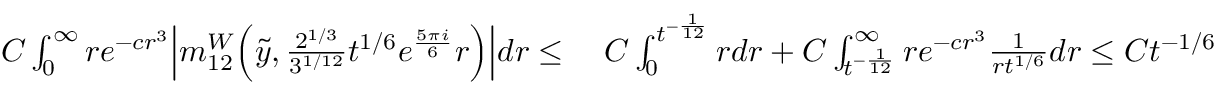
\begin{array} { r l } { C \int _ { 0 } ^ { \infty } r e ^ { - c r ^ { 3 } } \Big | m _ { 1 2 } ^ { W } \Big ( \tilde { y } , \frac { 2 ^ { 1 / 3 } } { 3 ^ { 1 / 1 2 } } t ^ { 1 / 6 } e ^ { \frac { 5 \pi i } { 6 } } r \Big ) \Big | d r \leq } & { \; C \int _ { 0 } ^ { t ^ { - \frac { 1 } { 1 2 } } } r d r + C \int _ { t ^ { - \frac { 1 } { 1 2 } } } ^ { \infty } r e ^ { - c r ^ { 3 } } \frac { 1 } { r t ^ { 1 / 6 } } d r \leq C t ^ { - 1 / 6 } } \end{array}